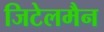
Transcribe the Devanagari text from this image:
जिटेलमैन